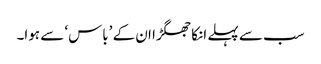
سب سے پہلے انکا جھگڑا ان کے ’باس‘ سے ہوا۔